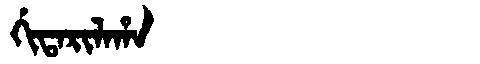
Manchu: ᡤᡳᡨᠠᡵᡳᠯᠠᡥᠠ
Romanization: GITARILAHA